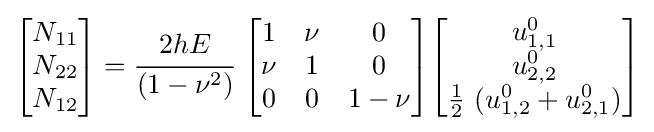
{\begin{bmatrix}N_{11}\\N_{22}\\N_{12}\end{bmatrix}}={\cfrac {2hE}{(1-\nu ^{2})}}~{\begin{bmatrix}1&\nu &0\\\nu &1&0\\0&0&1-\nu \end{bmatrix}}{\begin{bmatrix}u_{1,1}^{0}\\u_{2,2}^{0}\\{\frac {1}{2}}~(u_{1,2}^{0}+u_{2,1}^{0})\end{bmatrix}}